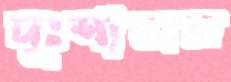
দুঃশাসন